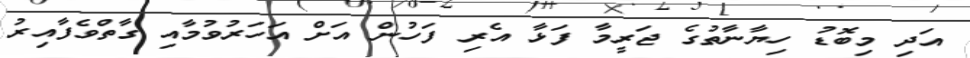
އަދި މިބޮޑު ހިޔާނާތުގެ ޖަރީމާ ފަޅާ އެރި ފަހުން އަށް އަހަރުވުމާއި ގާތްވެފާއިރު